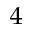
^ { 4 }